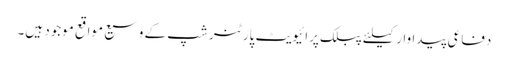
دفاعی پیداوار کیلئے پبلک پرائیویٹ پارٹنر شپ کے وسیع مواقع موجود ہیں۔